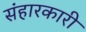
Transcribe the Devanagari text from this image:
संहारकारी